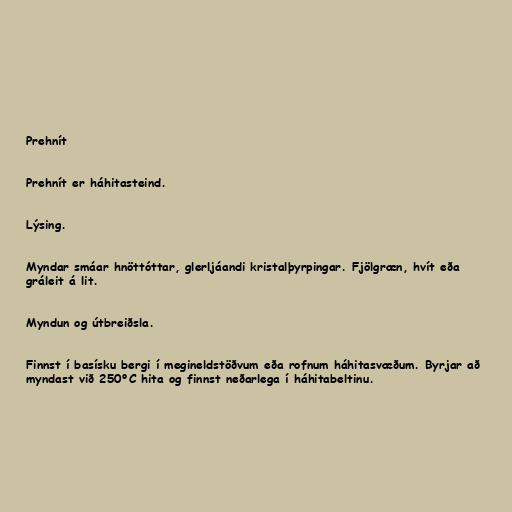
Prehnít

Prehnít er háhitasteind.

Lýsing.

Myndar smáar hnöttóttar, glerljáandi kristalþyrpingar. Fjölgræn, hvít eða
gráleit á lit.

Myndun og útbreiðsla.

Finnst í basísku bergi í megineldstöðvum eða rofnum háhitasvæðum. Byrjar að
myndast við 250°C hita og finnst neðarlega í háhitabeltinu.